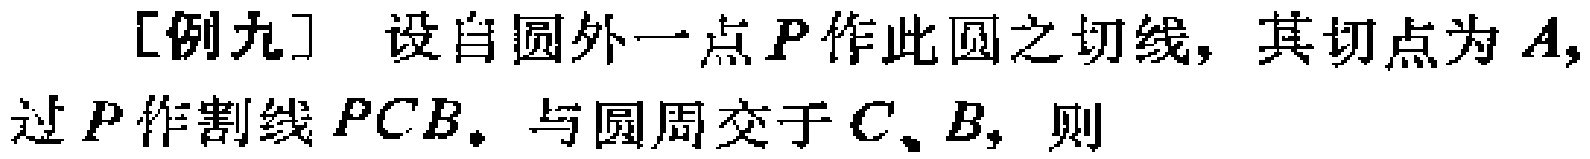
[例九] 设自圆外一点\(P\)作此圆之切线，其切点为\(A\)，过\(P\)作割线\(PCB\)，与圆周交于\(C、B\)，则